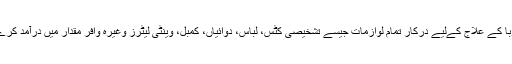
وبا کے علاج کےلیے درکار تمام لوازمات جیسے تشخیصی کٹس، لباس، دوائیاں، کمبل، وینٹی لیٹرز وغیرہ وافر مقدار میں درآمد کرے۔